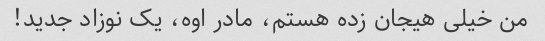
من خیلی هیجان زده هستم، مادر اوه، یک نوزاد جدید!